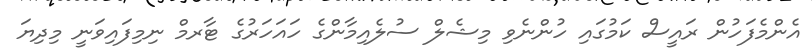
އެންމެފަހުން ރައީސް ކަމުގައި ހުންނެވި މިޝެލް ސުލެއިމާންގެ ހައަހަރުގެ ޓާރމް ނިމިފައިވަނީ މިދިޔަ